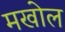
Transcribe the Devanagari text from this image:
मखोल